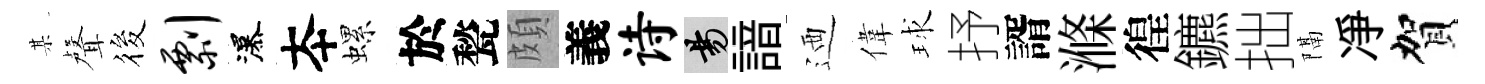
某聲筱剽瀑夲螺於甃頗義诗昜諳迺偉球抒諝滌徨鑣拙隔凈賀